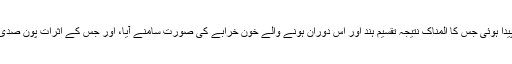
سیاسی رقابت بنام مذہب سے پھر وہ نفرت پیدا ہوئی جس کا المناک نتیجہ تقسیمِ ہند اور اس دوران ہونے والے خون خرابے کی صورت سامنے آیا، اور جس کے اثرات پون صدی گزرجانے کے بعد اب بھی پھیل رہے ہیں۔